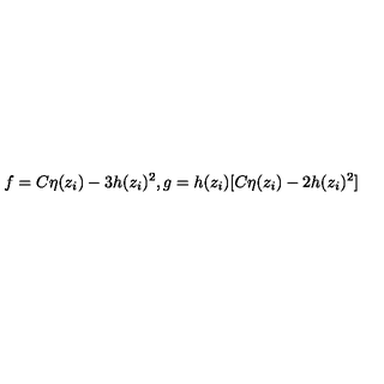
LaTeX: f = C \eta ( z _ { i } ) - 3 h ( z _ { i } ) ^ { 2 } , g = h ( z _ { i } ) [ C \eta ( z _ { i } ) - 2 h ( z _ { i } ) ^ { 2 } ]